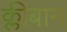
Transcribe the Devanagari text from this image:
क्लीबान